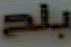
بلح